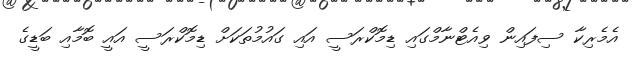
އެމެރިކާ ސިފައިން ވިއެޓްނާމްގައި ޑިމޮކްރަސީ އައި ގައުމުތަކަށް ޑިމޮކްރަސީ އައީ ބޮމާއި ބަޑީގެ